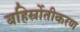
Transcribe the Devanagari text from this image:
बहिर्स्रोतीकरण